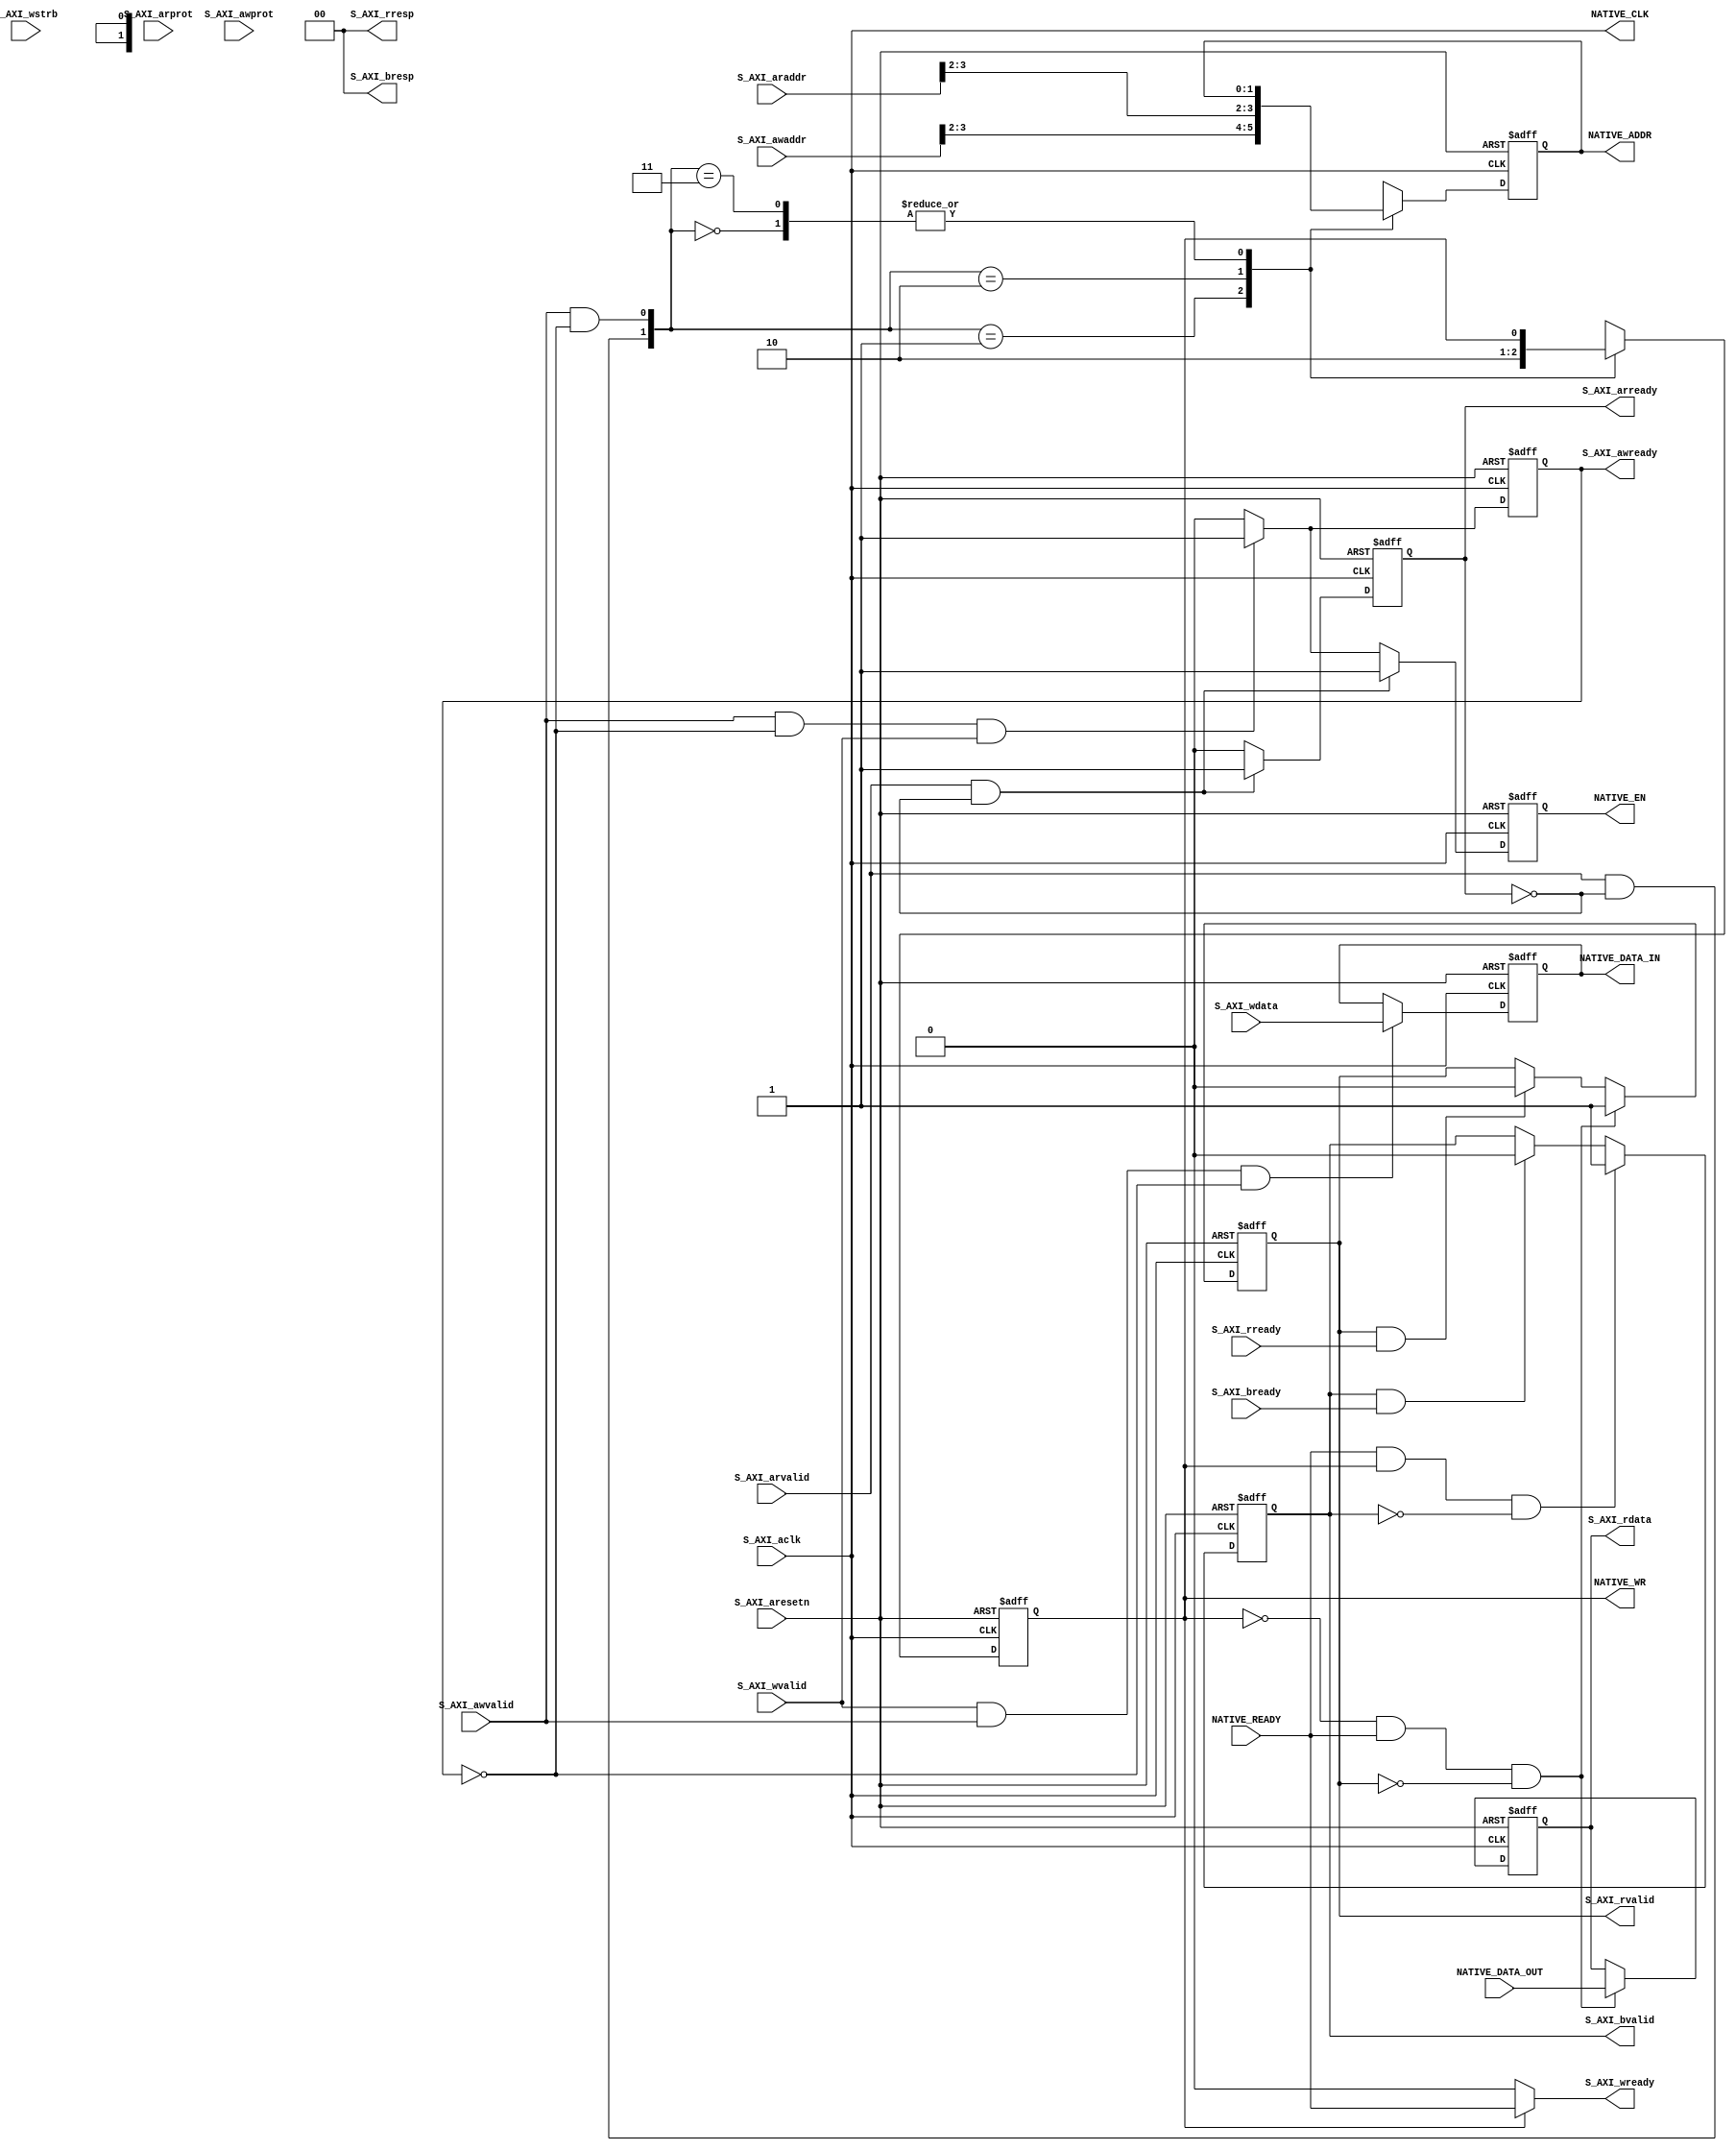
module AXI_Core #(
    parameter NATIVE_ADDR_WDITH       = 2,                
    parameter NATIVE_DATA_WIDTH       = 32,
    parameter S_AXI_ADDR_WIDTH     = 4,               
    parameter S_AXI_DATA_WIDTH     = 32
)(

    //--------------  AXI Interface Signals         --------------
    input                             S_AXI_aclk,
    input                             S_AXI_aresetn,

    input  [S_AXI_ADDR_WIDTH-1:0]                   S_AXI_araddr,
    output reg                        S_AXI_arready,
    input                             S_AXI_arvalid,
    input  [2:0]                      S_AXI_arprot,

    input [S_AXI_ADDR_WIDTH-1:0]                    S_AXI_awaddr,
    output reg                        S_AXI_awready,
    input                             S_AXI_awvalid,
    input  [2:0]                      S_AXI_awprot,

    output  [1:0]                  S_AXI_bresp,  
    input                             S_AXI_bready,
    output reg                        S_AXI_bvalid,

    output reg [S_AXI_DATA_WIDTH-1:0] S_AXI_rdata,
    input                             S_AXI_rready,
    output reg                        S_AXI_rvalid,
    output  [1:0]                  S_AXI_rresp,

    input  [S_AXI_DATA_WIDTH-1:0]     S_AXI_wdata,
    output                         S_AXI_wready,
    input                             S_AXI_wvalid,
    input  [S_AXI_DATA_WIDTH/8-1:0]   S_AXI_wstrb,

    //-------------- Native Port  --------------
    output                                      NATIVE_CLK,
    output  reg                                    NATIVE_EN,
    output                                      NATIVE_WR,
    output    [NATIVE_ADDR_WDITH-1: 0]             NATIVE_ADDR,
    output   reg [NATIVE_DATA_WIDTH-1: 0]             NATIVE_DATA_IN,
    input  [NATIVE_DATA_WIDTH-1: 0]                NATIVE_DATA_OUT,
    input                                       NATIVE_READY
); // drp_bridge
        
    reg [NATIVE_ADDR_WDITH-1:0] addr;

    always @ (posedge S_AXI_aclk or negedge S_AXI_aresetn) begin
        if(!S_AXI_aresetn) begin
            addr <= {NATIVE_ADDR_WDITH{1'b0}};
        end
        else begin
            case({(S_AXI_arvalid & (~S_AXI_arready)),(S_AXI_awvalid & (~S_AXI_awready))})
                2'b00: begin addr <= addr; end
                2'b01: begin addr <= S_AXI_awaddr[NATIVE_ADDR_WDITH + 1:2]; end
                2'b10: begin addr <= S_AXI_araddr[NATIVE_ADDR_WDITH + 1:2]; end
                2'b11: begin addr <= addr; end
            endcase
        end
    end
    assign NATIVE_ADDR = addr;
    // Write/Read
    
    reg wr;
    always @ (posedge S_AXI_aclk or negedge S_AXI_aresetn) begin
        if(~S_AXI_aresetn) begin
            wr <= 1'b0;
        end
        else begin
            case({(S_AXI_arvalid & (~S_AXI_arready)),(S_AXI_awvalid & (~S_AXI_awready))})
                2'b00: begin wr <= wr; end
                2'b01: begin wr <= 1'b1; end
                2'b10: begin wr <= 1'b0; end
                2'b11: begin wr <= wr; end
            endcase
        end
    end

    //AW Channel
    always @ (posedge S_AXI_aclk or negedge S_AXI_aresetn) begin
        if(~S_AXI_aresetn) begin
            S_AXI_awready <= 1'b0;
        end
        else begin
            if(S_AXI_awvalid && (~S_AXI_awready) && S_AXI_wvalid) begin
                S_AXI_awready <= 1;
            end
            else begin
                S_AXI_awready <= 0;
            end
        end
    end

    //W Channel
    assign S_AXI_wready = wr?NATIVE_READY:1'b0;

    always @ (posedge S_AXI_aclk or negedge S_AXI_aresetn) begin
        if(~S_AXI_aresetn) begin
            NATIVE_DATA_IN <= 'b0;
        end
        else begin
            if(S_AXI_wvalid && S_AXI_awvalid && (~S_AXI_awready)) begin
                NATIVE_DATA_IN <= S_AXI_wdata[NATIVE_DATA_WIDTH-1:0];
            end
            else begin
                NATIVE_DATA_IN <= NATIVE_DATA_IN;
            end
        end
    end

    //wrsp channel
    assign S_AXI_bresp = 2'b00;
    always @ (posedge S_AXI_aclk or negedge S_AXI_aresetn) begin
        if(~S_AXI_aresetn) begin
            S_AXI_bvalid <= 0;
        end
        else begin
            if(NATIVE_READY && wr && (~S_AXI_bvalid)) begin
                S_AXI_bvalid <= 1'b1;
            end
            else begin
                if(S_AXI_bvalid && S_AXI_bready) begin
                    S_AXI_bvalid <= 1'b0;
                end
            end
        end
    end

    //AR channel

    always @ (posedge S_AXI_aclk or negedge S_AXI_aresetn) begin
        if(~S_AXI_aresetn) begin
            S_AXI_arready <= 1'b0;
        end
        else begin
            if(S_AXI_arvalid && (~S_AXI_arready)) begin
                S_AXI_arready <= 1;
            end
            else begin
                S_AXI_arready <= 0;
            end
        end
    end

    //R Channel
    assign S_AXI_rresp = 2'b00;
    always @ (posedge S_AXI_aclk or negedge S_AXI_aresetn) begin
        if(~S_AXI_aresetn) begin
            S_AXI_rdata <= 'b0;
            S_AXI_rvalid <= 1'b0;
        end
        else begin
            if((~wr) && NATIVE_READY && (~S_AXI_rvalid)) begin
                S_AXI_rdata <= {'b0,NATIVE_DATA_OUT};
                S_AXI_rvalid <= 1'b1;
            end
            else if(S_AXI_rvalid && S_AXI_rready) begin
                S_AXI_rdata <= S_AXI_rdata;
                S_AXI_rvalid <= 1'b0;
            end
        end
    end
    //
    //en 

    always @ (posedge S_AXI_aclk or negedge S_AXI_aresetn) begin
        if(~S_AXI_aresetn) begin
            NATIVE_EN <= 0;
        end
        else begin
            if(S_AXI_arvalid && (~S_AXI_arready)) begin
                NATIVE_EN <= 1;
            end
            else if(S_AXI_awvalid && (~S_AXI_awready) && S_AXI_wvalid) begin               
                NATIVE_EN <= 1;
            end
            else begin
                NATIVE_EN <= 0;
            end
        end
    end
    assign NATIVE_WR = wr;
    assign NATIVE_CLK = S_AXI_aclk;
endmodule